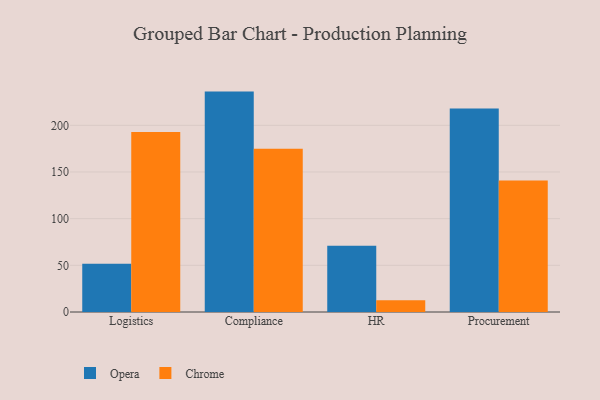
{"axis": {"x": "Department", "y": "Bounce Rate (%)"}, "legend": ["Chrome", "Opera"], "data": [{"x": "Logistics", "y": 51.7, "type": "Opera"}, {"x": "Logistics", "y": 192.7, "type": "Chrome"}, {"x": "Compliance", "y": 236.1, "type": "Opera"}, {"x": "Compliance", "y": 174.9, "type": "Chrome"}, {"x": "HR", "y": 70.9, "type": "Opera"}, {"x": "HR", "y": 12.5, "type": "Chrome"}, {"x": "Procurement", "y": 218.1, "type": "Opera"}, {"x": "Procurement", "y": 140.9, "type": "Chrome"}]}